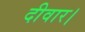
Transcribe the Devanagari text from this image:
दीवार।